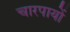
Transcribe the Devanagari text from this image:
चारपायों